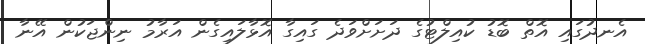
އެނދުގައި އޮތް ބޮޑު ކުއިލްޓުގެ ދަށަށްވަދެ ގައިގާ އޮޅާލައިގެން އަރާމު ނިންޖަކުން އޭނާ